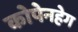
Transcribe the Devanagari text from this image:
कोपेनहेग